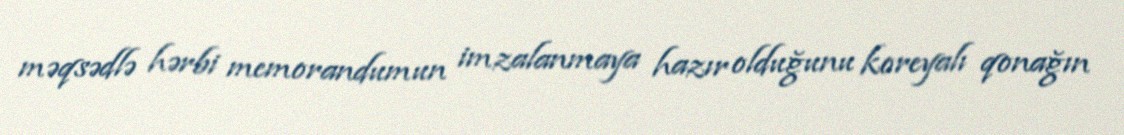
məqsədlə hərbi memorandumun imzalanmaya hazır olduğunu koreyalı qonağın